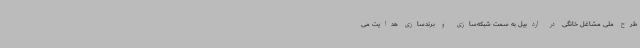
طرح ملی مشاغل خانگی در اردبیل به سمت شبکه‌سازی و برندسازی هدایت می